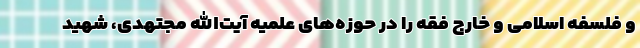
و فلسفه اسلامی و خارج فقه را در حوزه‌های علمیه آیت‌الله مجتهدی، شهید